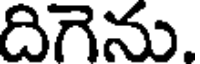
దిగెను.